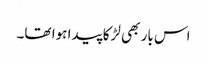
اس بار بھی لڑکا پیدا ہوا تھا۔